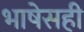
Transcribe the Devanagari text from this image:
भाषेसही